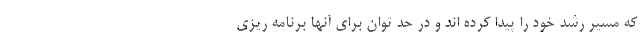
که مسیر رشد خود را پیدا کرده اند و در حد توان برای آنها برنامه ریزی